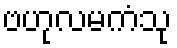
ဗဟုလမကံသု